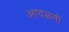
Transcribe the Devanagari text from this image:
आदळती